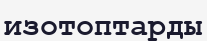
изотоптарды